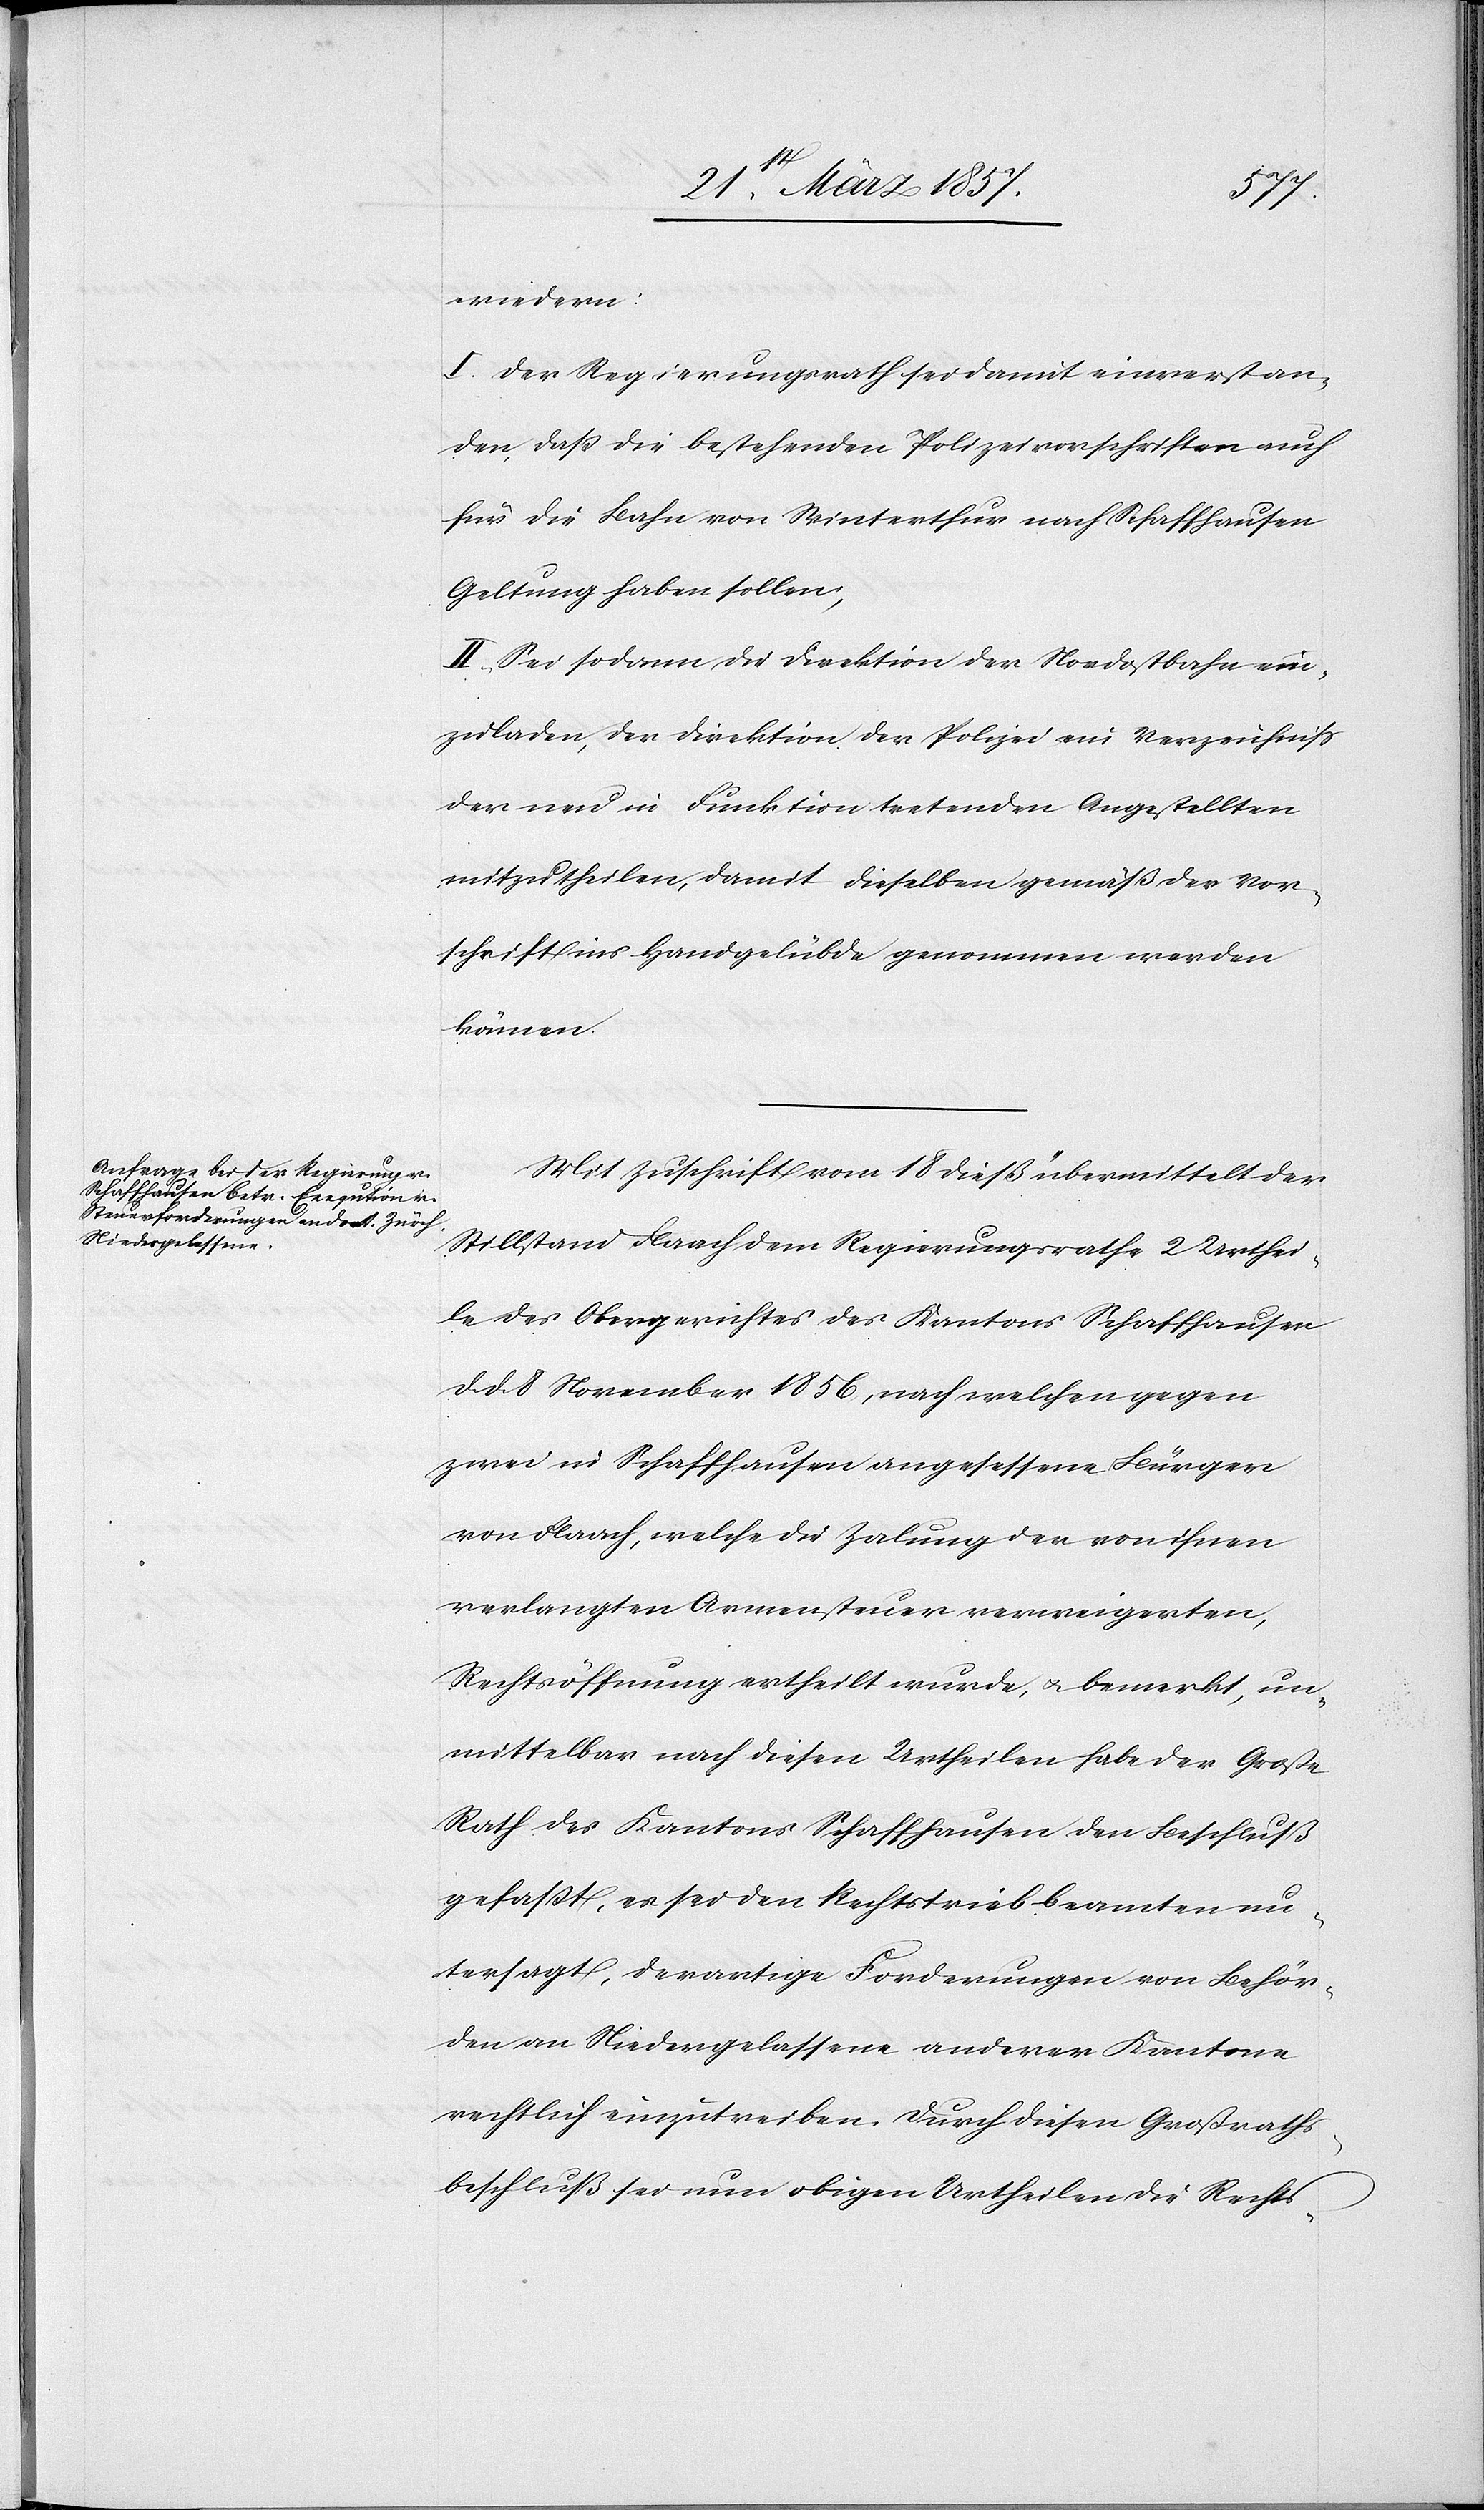
wiedern:
I. Der Regierungsrath sei damit einverstan¬
den, daß die bestehenden Polizeivorschriften auch
für die Bahn von Winterthur nach Schaffhausen
Geltung haben sollen;
II. Sei sodann die Direktion der Nordostbahn ein¬
zuladen, der Direktion der Polizei ein Verzeichniß
der neu in Funktion tretenden Angestellten
mitzutheilen, damit dieselben gemäß der Vor¬
schrift ins Handgelübde genommen werden
können.
Mit Zuschrift vom 18 dieß übermittelt der
Stillstand Flaach dem Regierungsrathe 2 Urthei¬
le des Obergerichtes des Kantons Schaffhausen
d. d. 8 November 1856, nach welchen gegen
zwei in Schaffhausen angesessene Bürger
von Flaach, welche die Zalung der von ihnen
verlangten Armensteuer verweigerten,
Rechtsöffnung ertheilt wurde, u. bemerkt, un¬
mittelbar nach diesen Urtheilen habe der Große
Rath des Kantons Schaffhausen den Beschluß
gefasst, es sei den Rechtstriebbeamten un¬
tersagt, derartige Forderungen von Behör¬
den an Niedergelassene anderer Kantone
rechtlich einzutreiben. Durch diesen Großraths¬
beschluß sei nun obigen Urtheilen die Rechts-